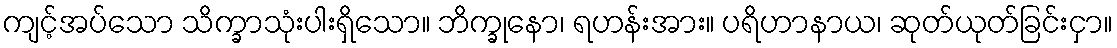
ကျင့်အပ်သော သိက္ခာသုံးပါးရှိသော။ ဘိက္ခုနော၊ ရဟန်းအား။ ပရိဟာနာယ၊ ဆုတ်ယုတ်ခြင်းငှာ။